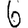
Digit: 6